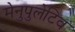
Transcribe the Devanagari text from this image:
मेनुपुलेटिव